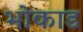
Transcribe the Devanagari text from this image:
भोकाड